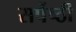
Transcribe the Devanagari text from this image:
सर्पेष्ठी